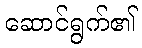
ဆောင်ရွက်၏